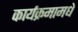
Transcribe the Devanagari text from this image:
कार्यक्रमामधे